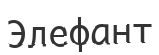
Элефант